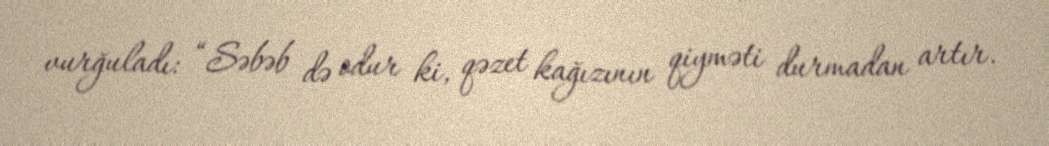
vurğuladı: “Səbəb də odur ki, qəzet kağızının qiyməti durmadan artır.